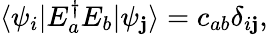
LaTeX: \langle\psi_{i}|E_{a}^{\dagger}E_{b}|\psi_{\mathbf{j}}\rangle=c_{ab}\delta_{i\mathbf{j}},